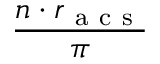
\frac { n \cdot r _ { \mathrm { ~ a ~ c ~ s ~ } } } { \pi }